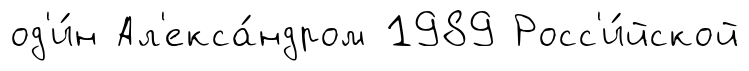
од'и́н Ал'екса́ндром 1989 Росс'и́йской